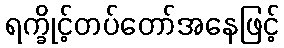
ရက္ခိုင့်တပ်တော်အနေဖြင့်